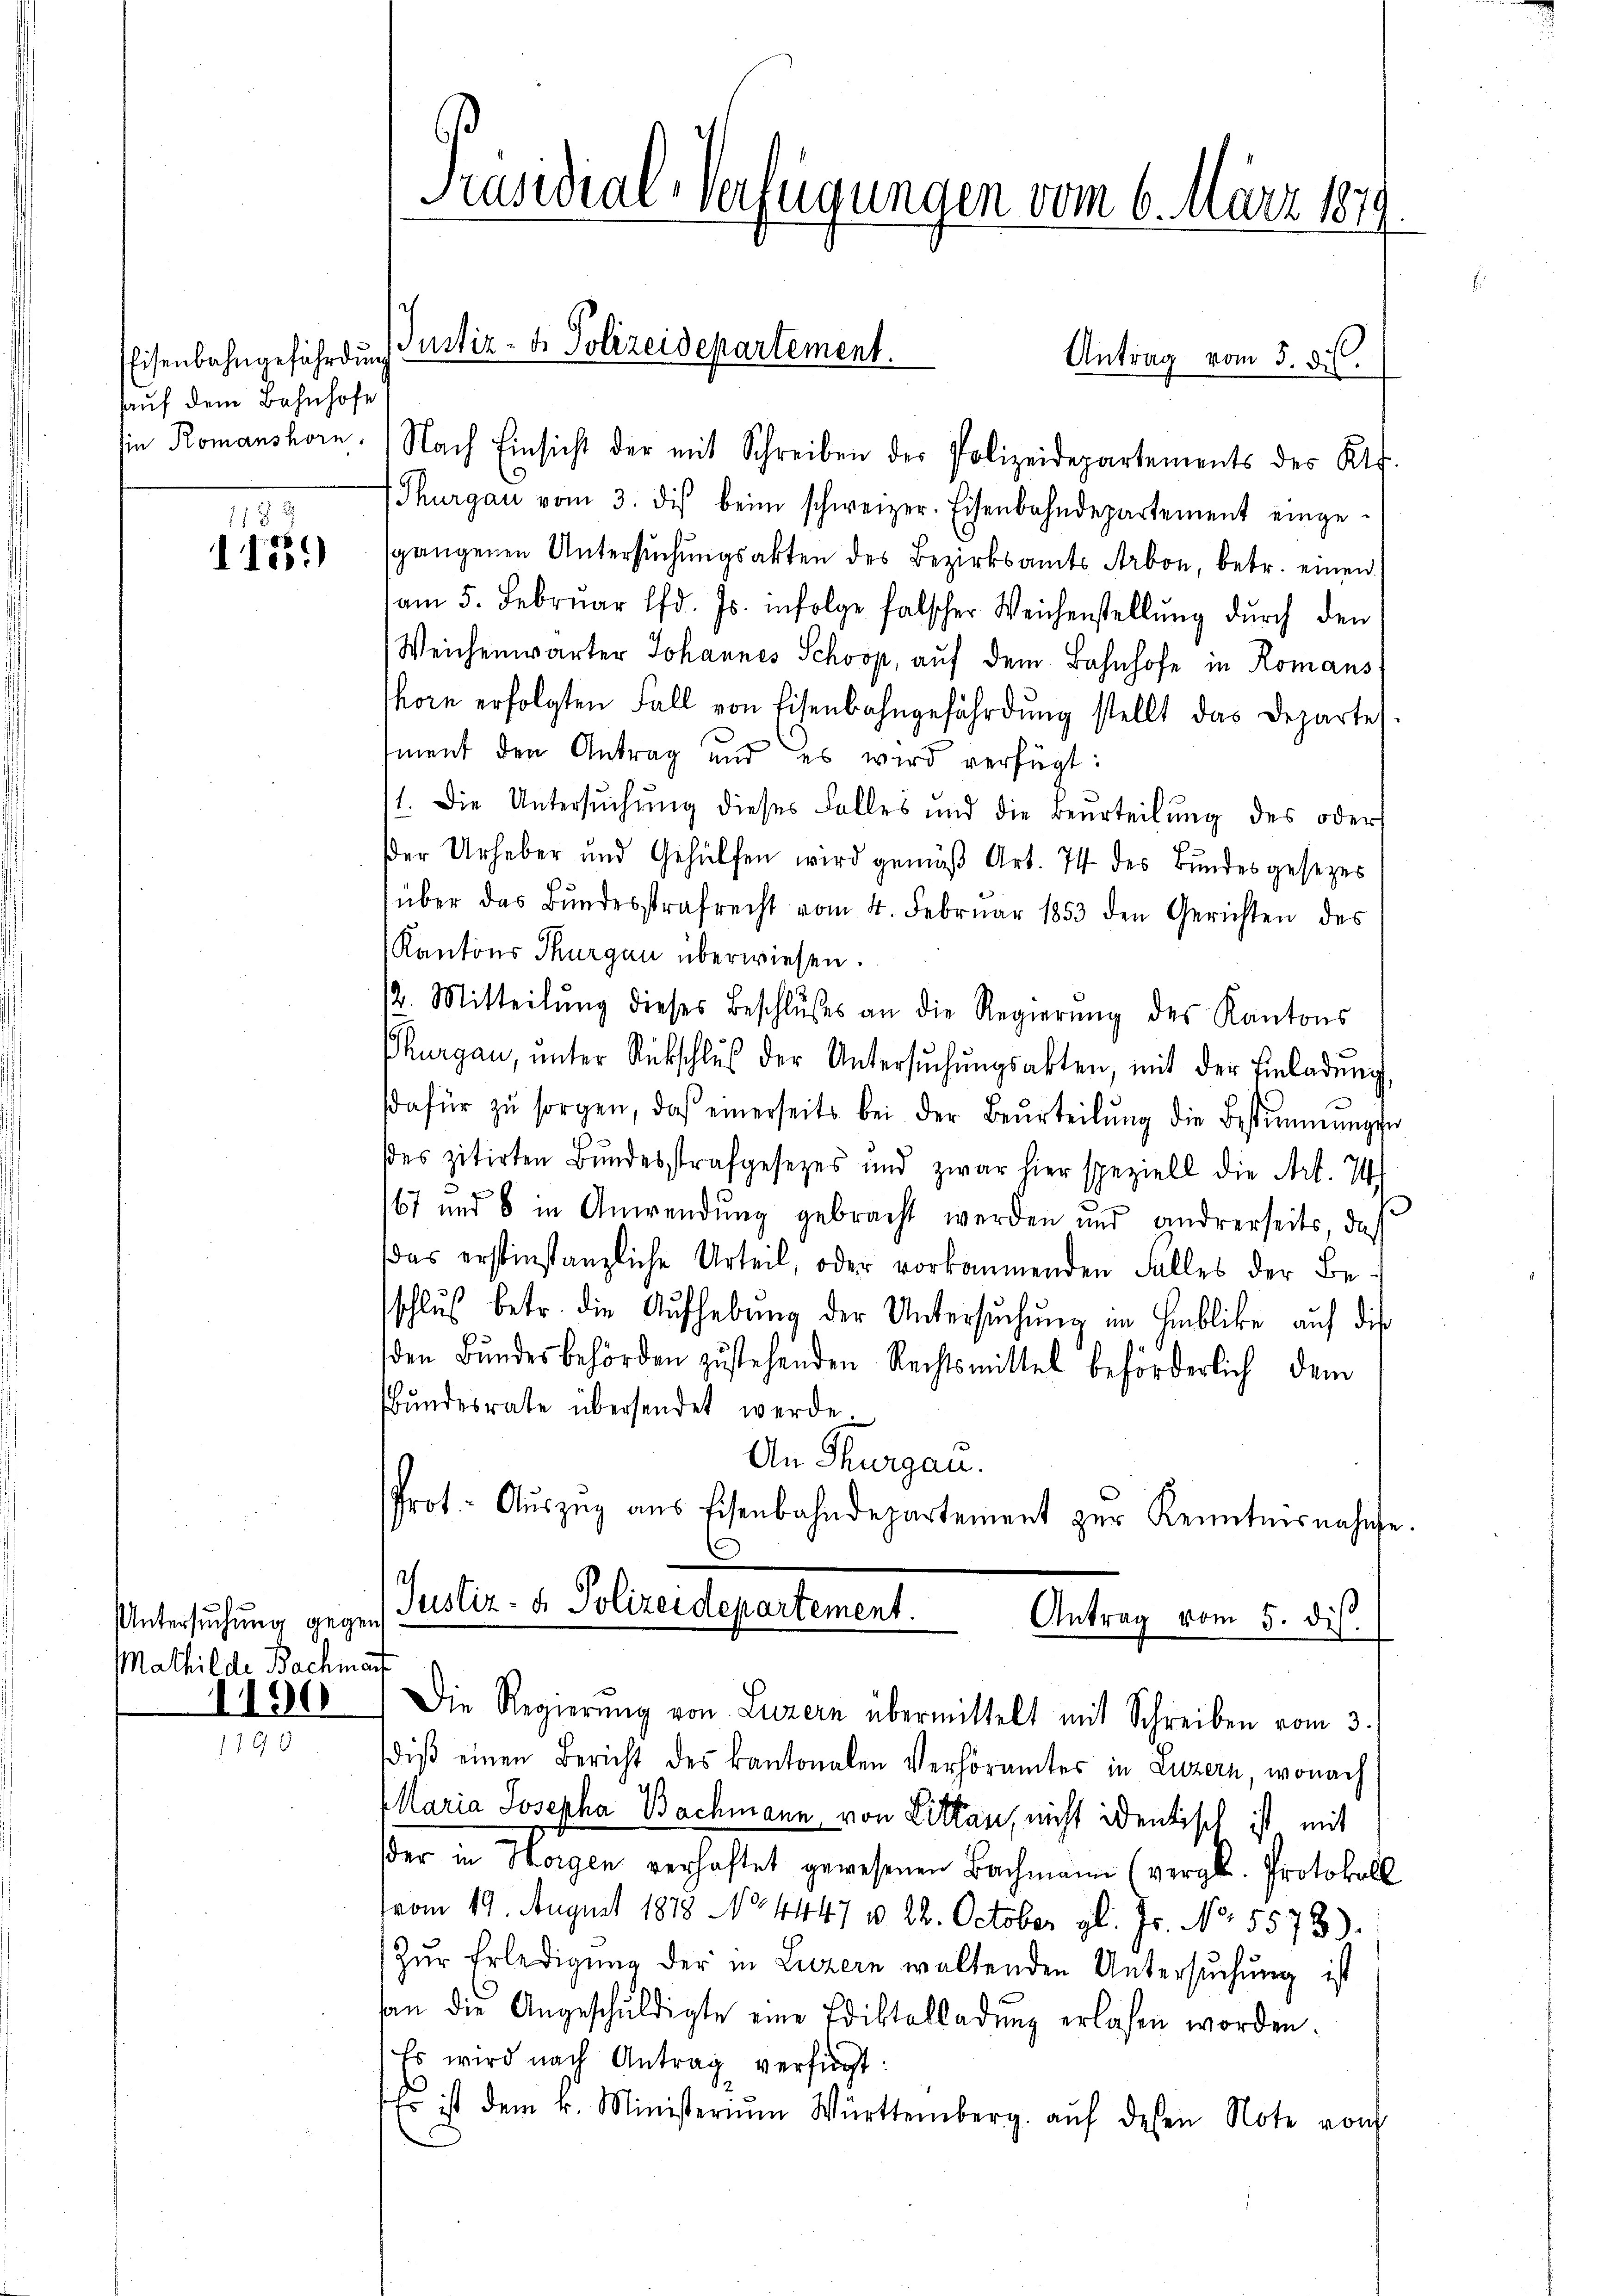
Eisenbahngefährdung
auf dem Bahnhofe

1455.

Untersuchung gegen
Mathilde Bachmart
1190

Präsidial-Verfügungen vom 6. März 1879.
t

sin Romanshorn. Nach Einsicht der mit Schreiben der Polizeidepartements des Kts.
Thurgau vom 3. dis beim schweizer. Eisenbahndepartement einge-
sgangenen Untersŭchŭngsakten des Bezirksamts Arbon, betr. einen
am 5. Febrŭar lfd. Js. infolge falscher Weichenstellŭng dŭrch den
Weichenwärter Johannes Schoop, aŭf dem Bahnhofe in Romans
shorn erfolgten Fall von Eisenbahngefährdung stellt das Departes.
ment den Antrag und es wird verfügt:
11. Die Untersŭchŭng dieses Falles und die Beurteilŭng des oder
Der Urheber und Gehülfen wird gemäβ Art. 74 des Bundesgesezes
über das Bŭndesstrafrecht vom 4. Febrŭar 1853 den Gerichten des
Kantons Thurgau überwiesen.
12. Mitteilŭng dieses Beschlŭβes an die Regierŭng des Kantons
Thurgau, ŭnter Rückschlŭβ der Untersŭchŭngsakten, mit der Einladŭng
dafür zŭ sorgen, daß einerseits bei der Beurteilŭng die Bestimmungen
es zitirten Bundesstrafgesezes und zwar hier speziell die Art. 74)
3
167 und 6 in Anwendung gebracht werden und andererseits, daß
das erstinstanzliche Urteil, oder vorkommenden Falles der Beschlŭs betr. die Aufhebŭng der Untersŭchŭng im Hinblicke auf die
den Bundesbehörden zustehenden Rechtsmittel beförderlich dem
Bundesrate übersendet werde.
An Thurgau.
Prot. Aŭszŭg ans Eisenbahndepartement zur Kenntnisnahme
a
Justiz- & Polizeidepartement.
Antrag vom 5. dis.

Justiz- & Polizeidepartement.

Antrag vom 5. d.

Die Regierŭng von Luzern übermittelt mit Schreiben vom 3.

diβ einen Bericht des kantonalen Verhöramtes in Luzern, wonach
Maria Josepha Bachmann, von Litten, nicht identisch ist mit
der in Horgen verhaftet gewesenen Bachmann (vergl. Protokoll
(vom 19. August 1878 No. 4447 u 22. October gl. Js. No. 5573).
Zŭr Erledigung der in Luzern waltenden Untersuchung ist
an die Angeschŭldigte eine Ediktalladŭng erlassen worden.
Es wird nach Antrag verfügt:
Es ist dem k. Ministerium Württemberg. aŭf desen Note von